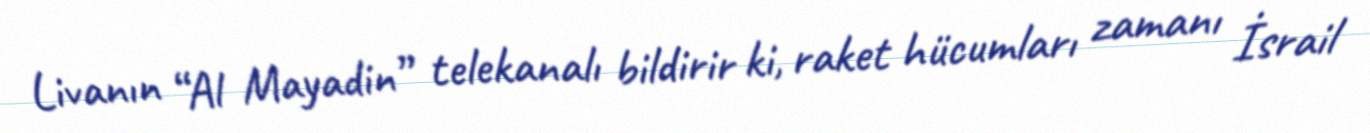
Livanın “Al Mayadin” telekanalı bildirir ki, raket hücumları zamanı İsrail